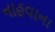
નાહવાના